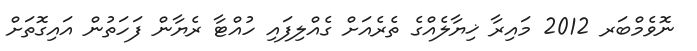
ނޮވެމްބަރ 2012 މައިރާ ޚިޔާލެއްގެ ތެރެއަށް ގެއްލިފައި ހުއްޓާ ރެޔާން ފަހަތުން އައިގޮތަށް